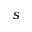
s